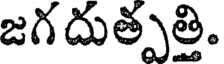
జగదుత్పత్తి.